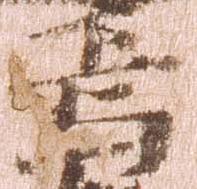
焉